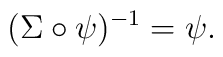
(\Sigma \circ \psi)^{-1} = \psi.